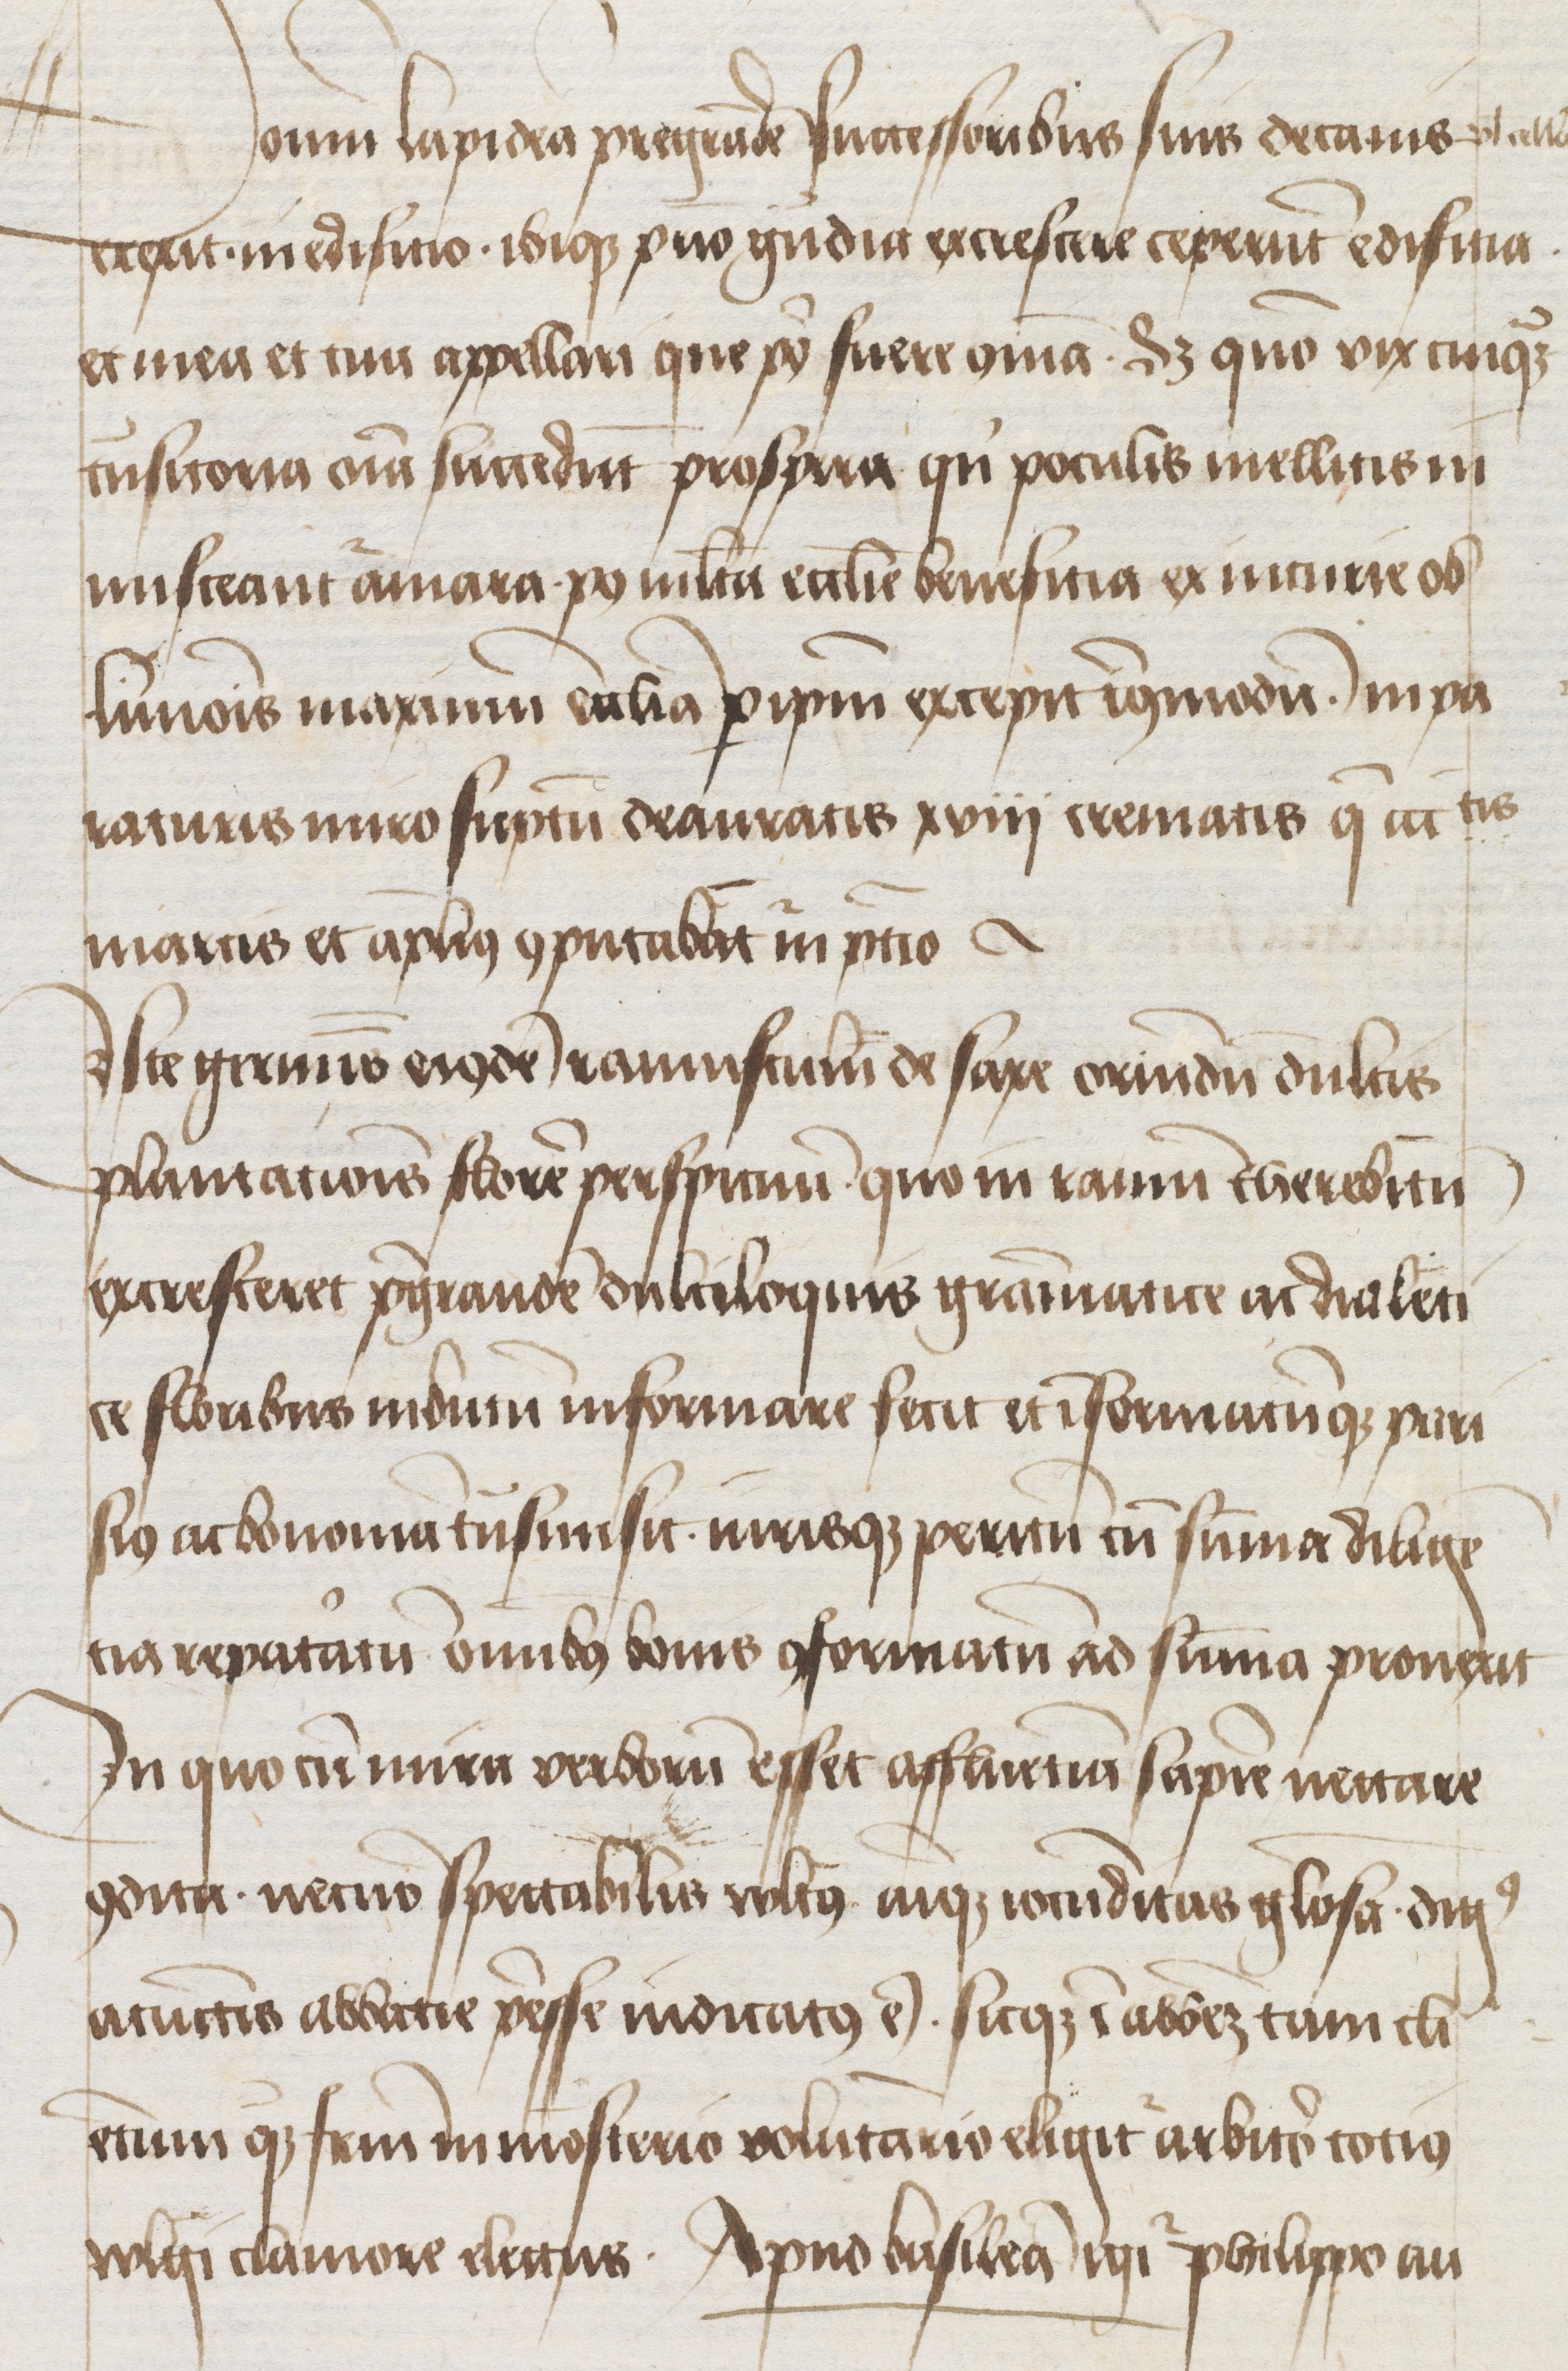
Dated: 1400–1499